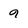
Character: 9